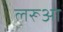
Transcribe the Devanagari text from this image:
लरूआ